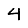
Digit: 4